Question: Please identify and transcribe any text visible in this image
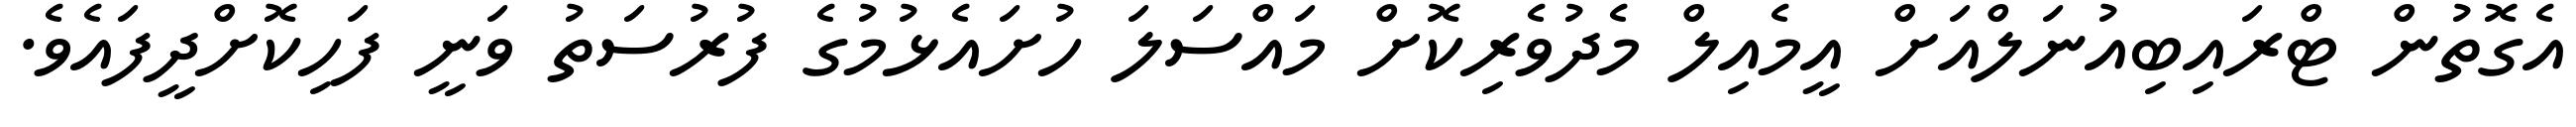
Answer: އެގޮތުން ޓްރައިބިއުނަލްއަށް އީމެއިލް މެދުވެރިކޮށް މައްސަލަ ހުށައެޅުމުގެ ފުރުސަތު ވަނީ ފަހިކޮށްދީފައެވެ.